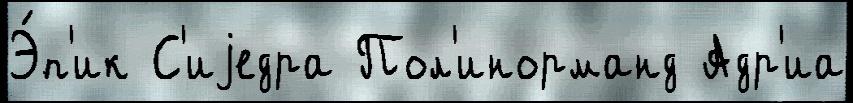
Э́п'ик С'иjедра Пол'инорманд Адр'иа